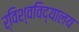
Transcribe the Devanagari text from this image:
र्विश्वविद्यालय